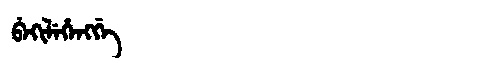
Manchu: ᠪᡝᡴᡳᠯᡝᡥᡝᠩᡤᡝ
Romanization: BEKILEHENGGE